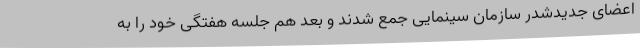
اعضای جدیدشدر سازمان سینمایی جمع شدند و بعد هم جلسه هفتگی خود را به